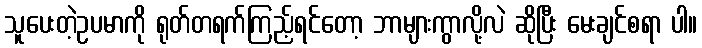
သူပေးတဲ့ဥပမာကို ရုတ်တရက်ကြည့်ရင်တော့ ဘာများကွာလို့လဲ ဆိုပြီး မေးချင်စရာ ပါ။